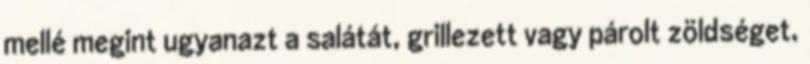
mellé megint ugyanazt a salátát, grillezett vagy párolt zöldséget,